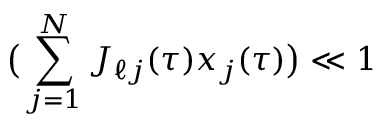
\big ( \sum _ { j = 1 } ^ { N } J _ { \ell j } ( \tau ) x _ { j } ( \tau ) \big ) \ll 1